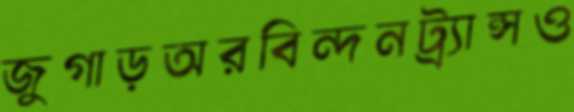
জুগাড়অরবিন্দনট্র্যান্সও